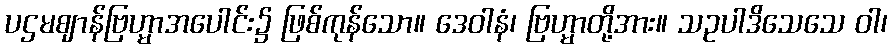
ပဌမဈာန်ဗြဟ္မာအပေါင်း၌ ဖြစ်ကုန်သော။ ဒေဝါနံ၊ ဗြဟ္မာတို့အား။ သဥပါဒိသေသေ ဝါ၊